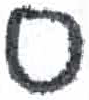
אות: ס